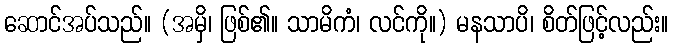
ဆောင်အပ်သည်။ (အမှိ၊ ဖြစ်၏။ သာမိကံ၊ လင်ကို။) မနသာပိ၊ စိတ်ဖြင့်လည်း။